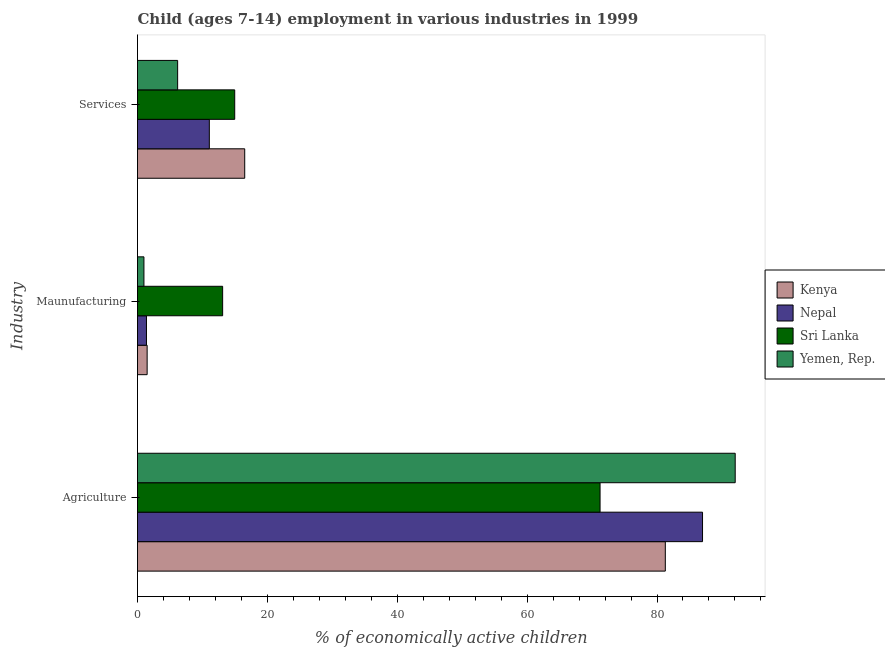
| Industry | Kenya | Nepal | Sri Lanka | Yemen, Rep. |
 | --- | --- | --- | --- | --- |
 | Agriculture | 81.3 | 87 | 71.2 | 92 |
 | Maunufacturing | 1.48 | 1.38 | 13.1 | 0.99 |
 | Services | 16.5 | 11.1 | 15 | 6.18 |